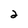
Character: 2